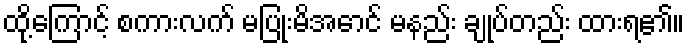
ထို့ကြောင့် စကားလက် မပြုံးမိအောင် မနည်း ချုပ်တည်း ထားရ၏။